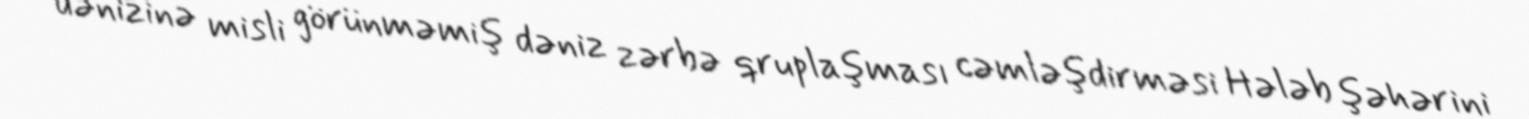
dənizinə misli görünməmiş dəniz zərbə qruplaşması cəmləşdirməsi Hələb şəhərini